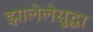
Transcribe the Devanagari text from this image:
झालेलेसुद्धा